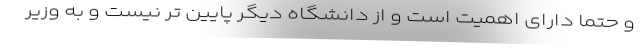
و حتماً دارای اهمیت است و از دانشگاه دیگر پایین تر نیست و به وزیر